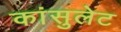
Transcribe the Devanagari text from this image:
कांसुलेट